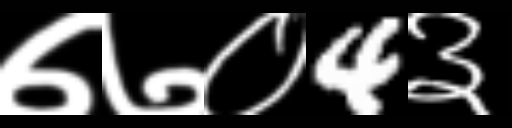
Text: ७७०4३